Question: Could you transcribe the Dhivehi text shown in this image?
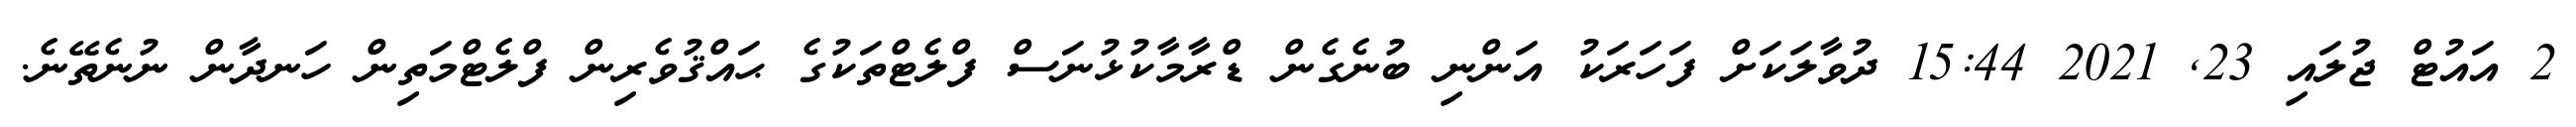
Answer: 2 އައުޓް ޖުލައި 23, 2021 15:44 ދުވާލަކަށް ފަހަރަކު އަންނި ބުނެގެން ޑްރާމާކުޅުނަސް ފްލެޓްތަކުގެ ޙައްޤުވެރިން ފްލެޓްމަތިން ހަނދާން ނުނެތޭނެ.